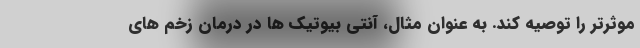
موثرتر را توصیه کند. به عنوان مثال، آنتی بیوتیک ها در درمان زخم های